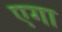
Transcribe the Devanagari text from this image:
एगा